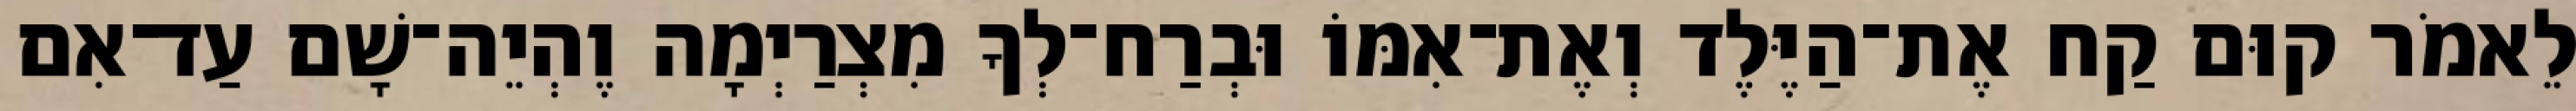
לֵאמֹר קוּם קַח אֶת־הַיֶּלֶד וְאֶת־אִמּוֹ וּבְרַח־לְךָ מִצְרַיְמָה וֶהְיֵה־שָׁם עַד־אִם